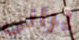
يرانى